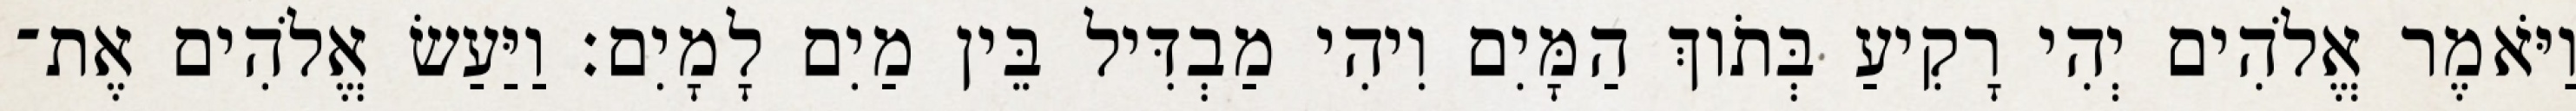
וַיֹּאמֶר אֱלֹהִים יְהִי רָקִיעַ בְּתֹוךְ הַמָּיִם וִיהִי מַבְדִּיל בֵּין מַיִם לָמָיִם׃ וַיַּעַשׂ אֱלֹהִים אֶת־